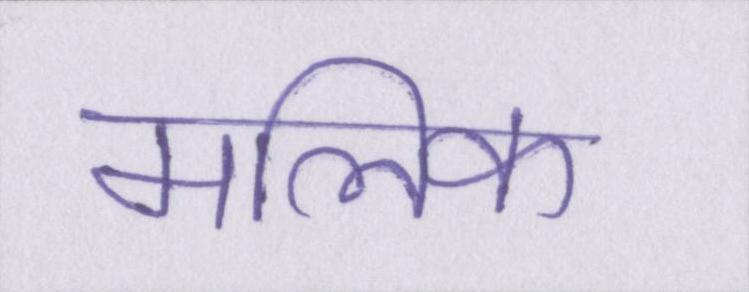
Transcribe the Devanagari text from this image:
मलिक